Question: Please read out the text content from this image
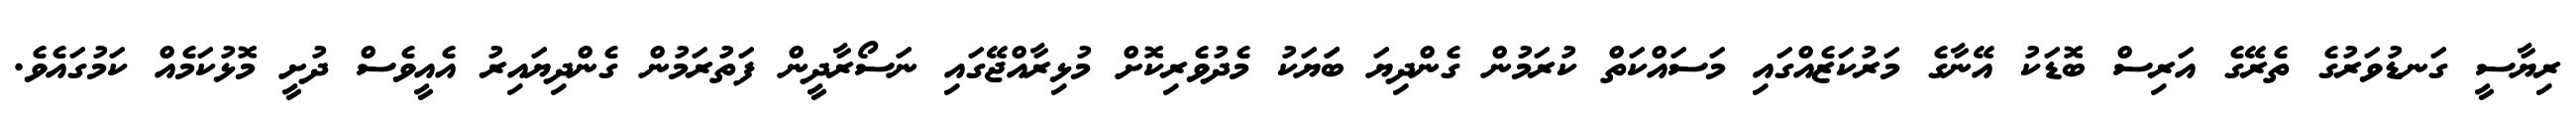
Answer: ރިޔާސީ ގަނޑުވަރުގެ ތެރޭގެ އަރިސް ބޮޑަކު އޭނާގެ މަރުކަޒެއްގައި މަސައްކަތް ކުރަމުން ގެންދިޔަ ބަަޔަކު މެދުވެރިކޮށް މުޅިރާއްޖޭގައި ނަސޯރާދީން ފަތުރަމުން ގެންދިޔައިރު އެއީވެސް ދުށީ މޮޅުކަމެއް ކަމުގައެވެ.